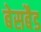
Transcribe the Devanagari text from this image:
बेसबैड